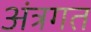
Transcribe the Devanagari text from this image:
अंत्रगत